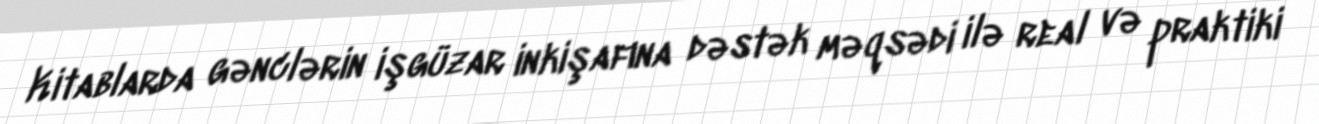
Kitablarda gənclərin işgüzar inkişafına dəstək məqsədi ilə real və praktiki